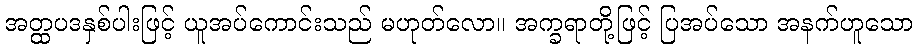
အတ္ထပဒနှစ်ပါးဖြင့် ယူအပ်ကောင်းသည် မဟုတ်လော။ အက္ခရာတို့ဖြင့် ပြအပ်သော အနက်ဟူသော